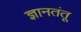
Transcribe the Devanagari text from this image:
ज्ञानतंतू